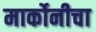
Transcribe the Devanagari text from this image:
मार्कोनीचा